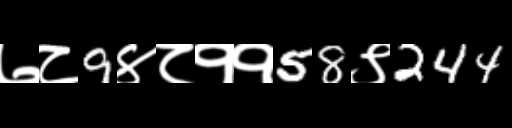
Text: ७८9४८११58९244